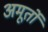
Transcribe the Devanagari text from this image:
अमूर्तो